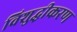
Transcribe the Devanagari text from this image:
विशुद्धीकरण